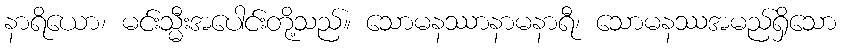
နာရိယော၊ မင်းသ္မီးအပေါင်းတို့သည်။ သောမနဿာနာမနာရီ၊ သောမနဿအမည်ရှိသော